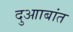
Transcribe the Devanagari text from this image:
दुआाबांत